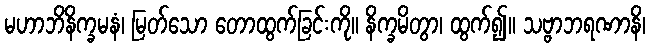
မဟာဘိနိက္ခမနံ၊ မြတ်သော တောထွက်ခြင်းကို။ နိက္ခမိတွာ၊ ထွက်၍။ သဗ္ဗာဘရဏာနိ၊